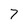
Character: 7